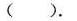
( ).